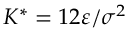
K ^ { * } = 1 2 \varepsilon / \sigma ^ { 2 }